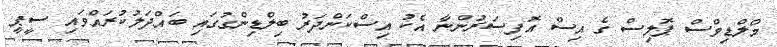
މޯލްޑިވްސް ޕޮލިސް ގެ އިސް އޮފިސަރުންނާ އެކު އިސްކަންދަރު ބިލްޑިންގުގައި ބައްދަލުކުރައްވައި ސީޕީ